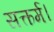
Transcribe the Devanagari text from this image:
सत्कर्म।